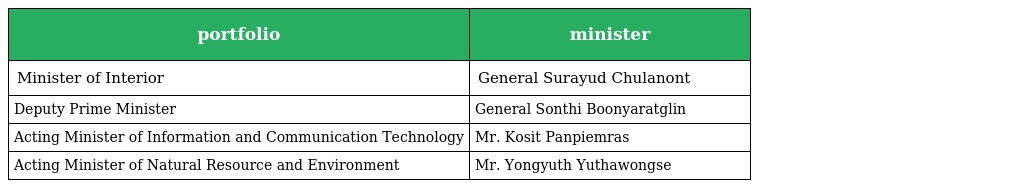
| portfolio | minister |
 | --- | --- |
 | Minister of Interior | General Surayud Chulanont |
 | Deputy Prime Minister | General Sonthi Boonyaratglin |
 | Acting Minister of Information and Communication Technology | Mr. Kosit Panpiemras |
 | Acting Minister of Natural Resource and Environment | Mr. Yongyuth Yuthawongse |